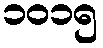
၁၀၁၅